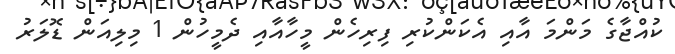
ކުއްޖާގެ މަންމަ އާއި އެކަންކުރި ފިރިހެން މީހާއާއި ދެމީހުން 1 މިލިއަން ޑޮލަރު